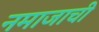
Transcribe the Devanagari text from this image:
नमाजाची